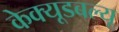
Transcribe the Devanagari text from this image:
केक्यूडबल्यू